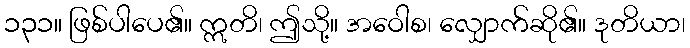
၁၃၁။ ဖြစ်ပါပေ၏။ ဣတိ၊ ဤသို့။ အဝေါစ၊ လျှောက်ဆို၏။ ဒုတိယာ၊